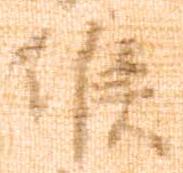
候